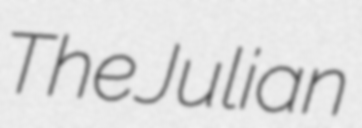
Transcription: The Julian